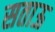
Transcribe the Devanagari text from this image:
सताऊ